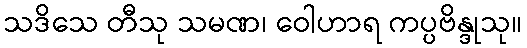
သဒိသေ တီသု သမဏ၊ ဝေါဟာရ ကပ္ပဗိန္ဒုသု။